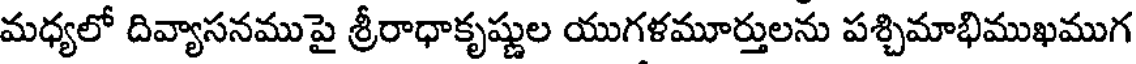
మధ్యలో దివ్యాసనముపై శ్రీరాధాకృష్ణుల యుగళమూర్తులను పశ్చిమాభిముఖముగ